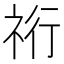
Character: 𮁴